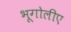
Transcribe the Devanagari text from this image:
भूगोलीए